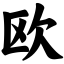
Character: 欧